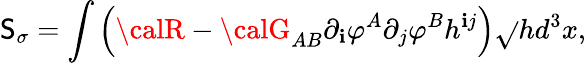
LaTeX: \mathsf{S}_{\sigma}=\int\left({\calR}-{\calG}_{AB}\partial_{\mathbf{i}}\varphi^{A}\partial_{j}\varphi^{B}h^{\mathbf{i}j}\right)\sqrt{}{{h}}d^{3}x,